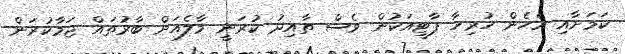
ކަމަށާއި އެހެން ހުރިހާ ޕާޓީއަކުން ވެސް ތާއިދު ކުރަނީ މާލެއަށް ބާރުތައް ޖަމާކުރަން